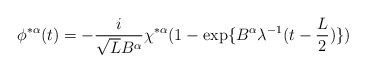
\begin{align*}\phi^{* \alpha}(t)=- \frac{i}{ \sqrt{L}B^{\alpha}} \chi^{* \alpha}(1- \exp\{B^{\alpha} \lambda^{-1}(t- \frac{L}{2}) \}) \end{align*}